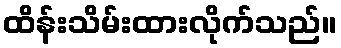
ထိန်းသိမ်းထားလိုက်သည်။